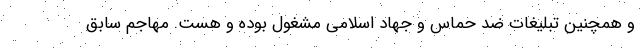
و همچنین تبلیغات ضد حماس و جهاد اسلامی مشغول بوده و هست. مهاجم سابق